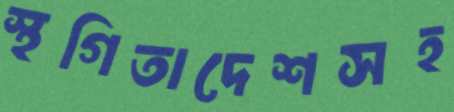
স্থগিতাদেশসহ